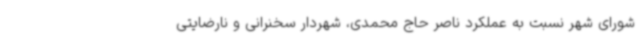
شورای شهر نسبت به عملکرد ناصر حاج محمدی، شهردار سخنرانی و نارضایتی